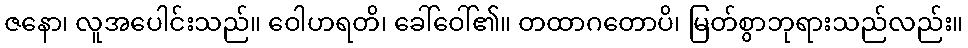
ဇနော၊ လူအပေါင်းသည်။ ဝေါဟရတိ၊ ခေါ်ဝေါ်၏။ တထာဂတောပိ၊ မြတ်စွာဘုရားသည်လည်း။